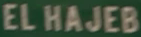
ELHAJEB